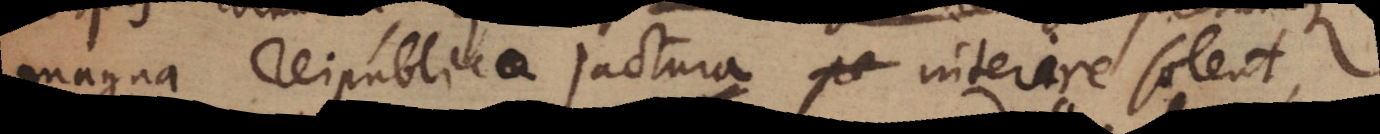
magna reipublicae jactura pe interire solent,